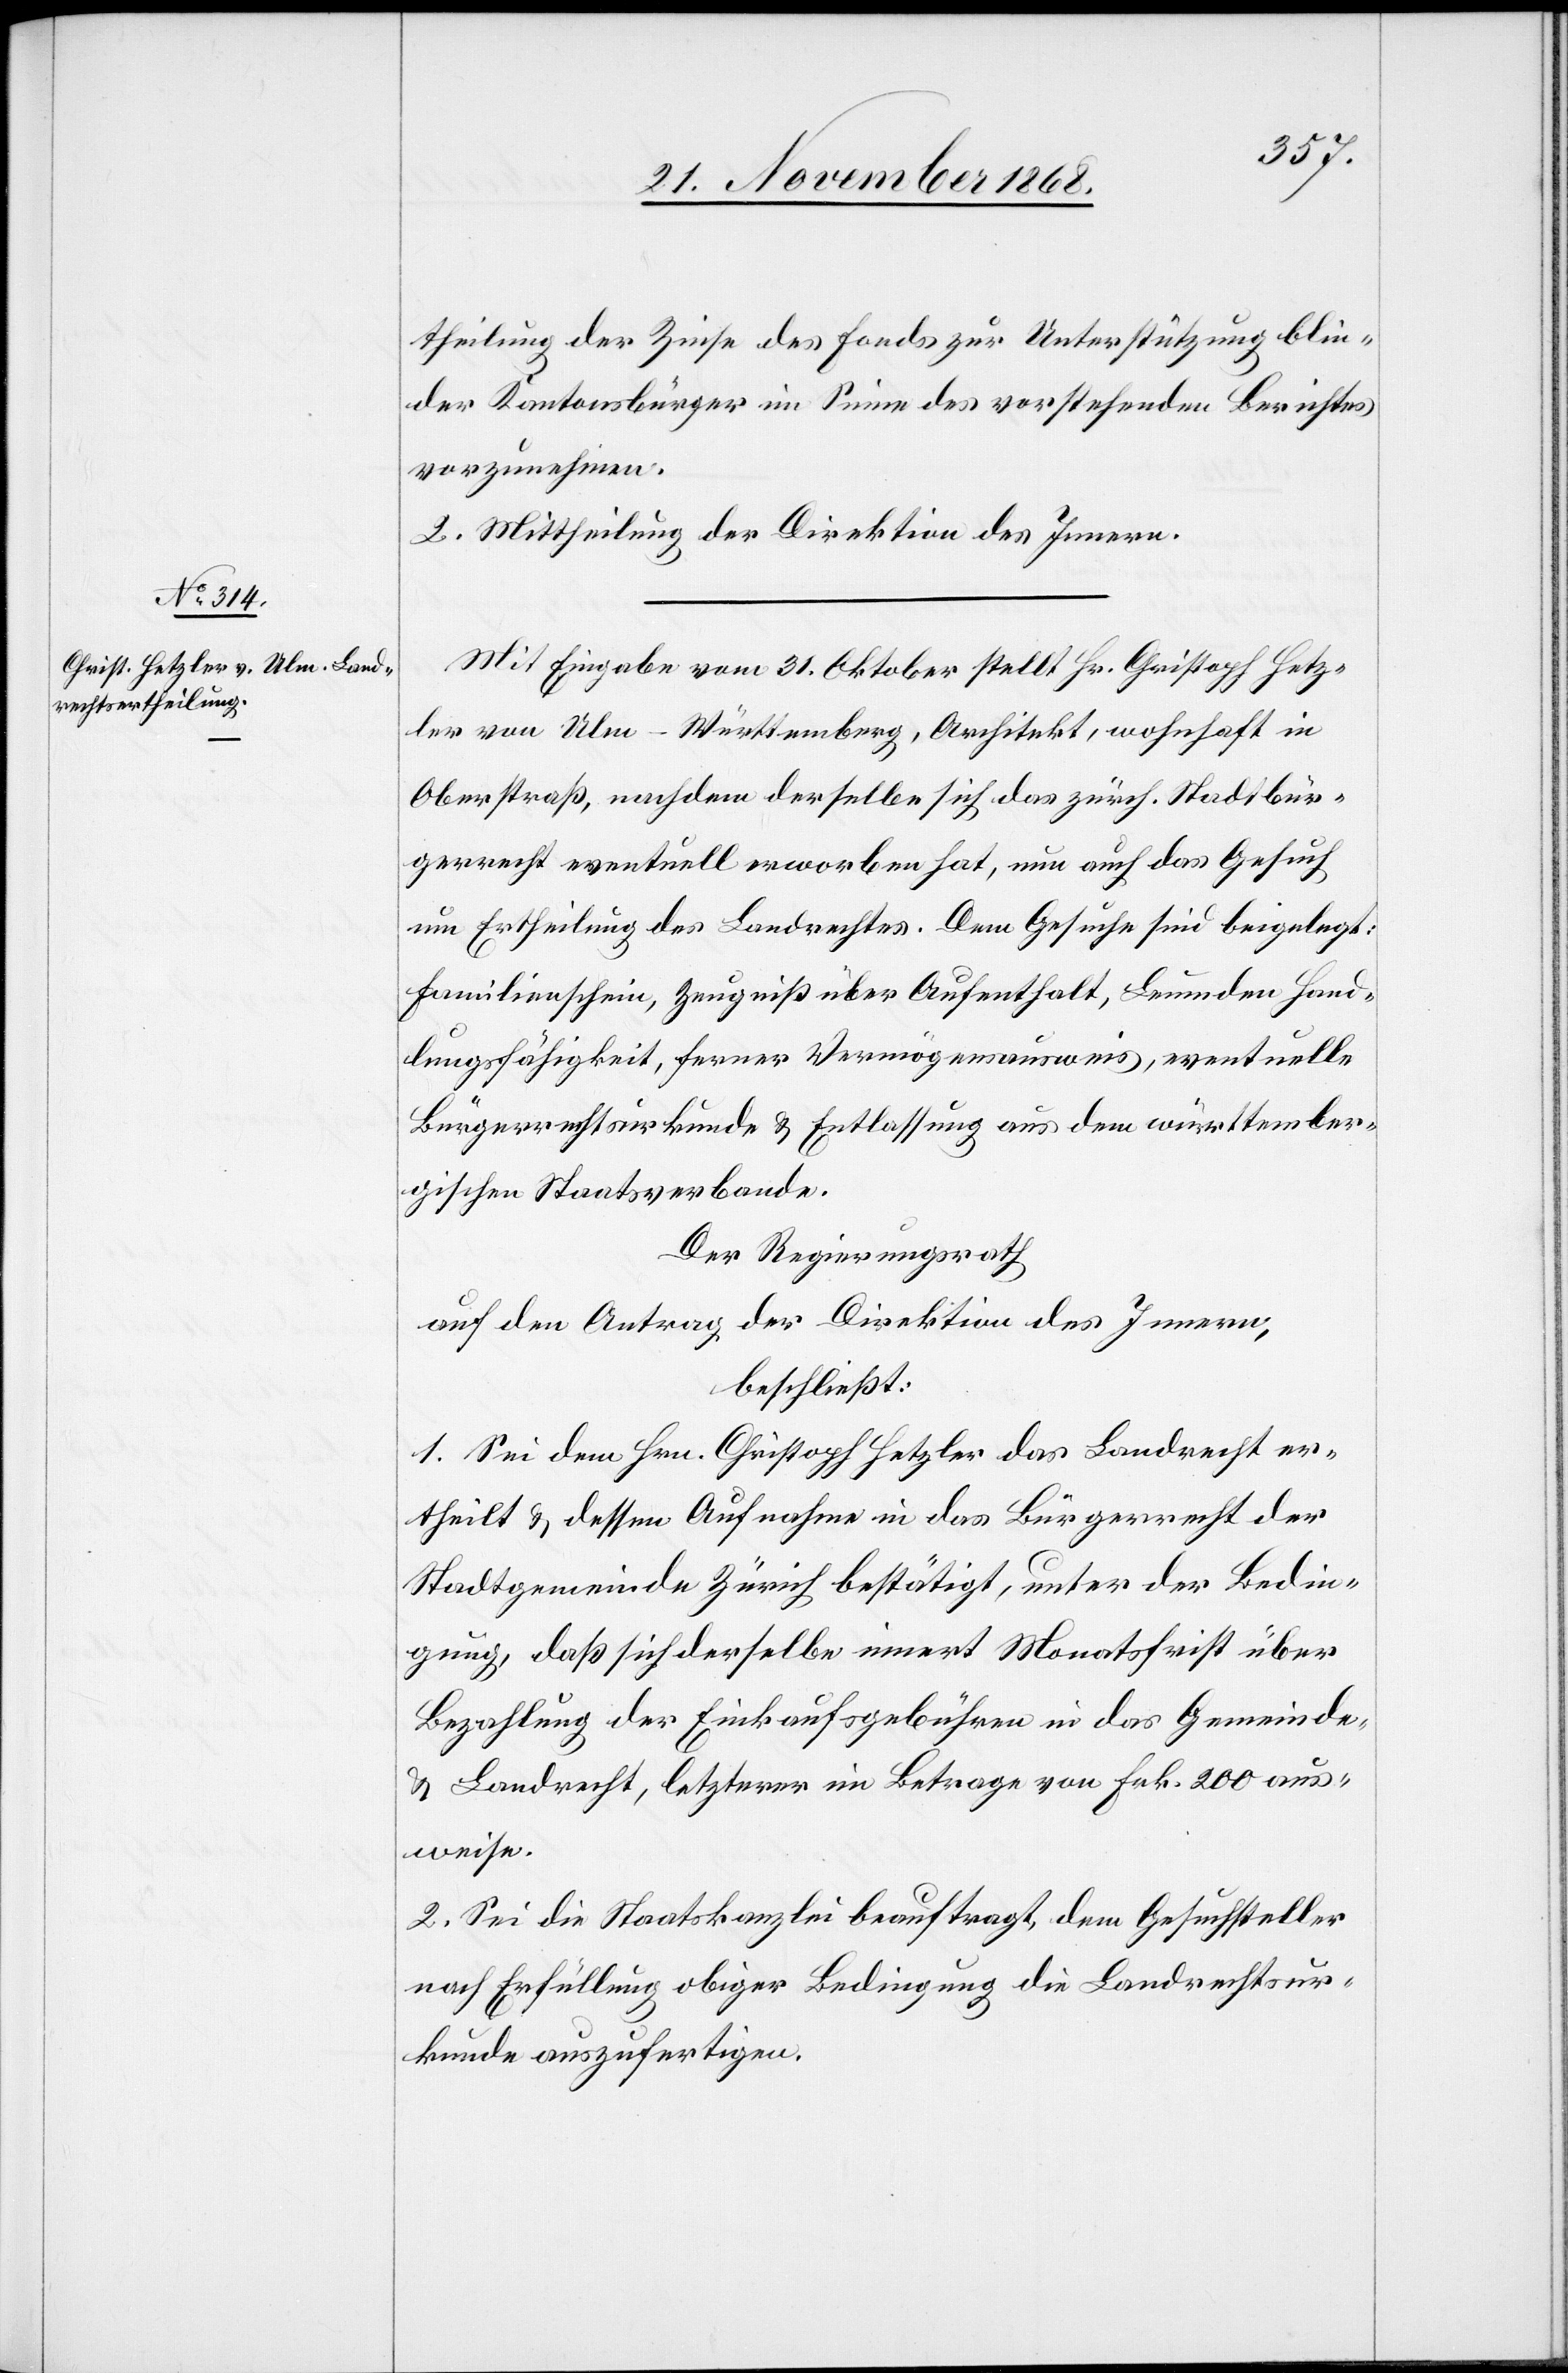
theilung der Zinse des Fonds zur Unterstützung blin¬
der Kantonsbürger im Sinne des vorstehenden Berichtes
vorzunehmen.
II.] Mittheilung der Direktion des Innern.
Mit Eingabe vom 31. Oktober stellt Hr. Christoph Hetz¬
ler von Ulm - Württemberg, Architekt, wohnhaft in
Oberstraß, nachdem derselbe sich das zürch. Stadtbür¬
gerrecht eventuell erworben hat, nun auch das Gesuch
um Ertheilung des Landrechtes. Dem Gesuche sind beigelegt:
Familienschein, Zeugniß über Aufenthalt, Leumden[,] Hand¬
lungsfähigkeit, ferner Vermögensausweis, eventuelle
Bürgerrechtsurkunde & Entlassung aus dem württember¬
gischen Staatsverbande.
Der Regierungsrath
auf den Antrag der Direktion des Innern,
beschließt:
1. Sei dem Hrn. Christoph Hetzler das Landrecht er¬
theilt & dessen Aufnahme in das Bürgerrecht der
Stadtgemeinde Zürich bestätigt, unter der Bedin¬
gung, daß sich derselbe innert Monatsfrist über
Bezahlung der Einkaufsgebühren in das Gemeinde-
& Landrecht, letzterer im Betrage von Frk. 200 aus¬
weise.
2. Sei die Staatskanzlei beauftragt, dem Gesuchsteller
nach Erfüllung obiger Bedingung die Landrechtsur¬
kunde auszufertigen.